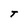
Character: T